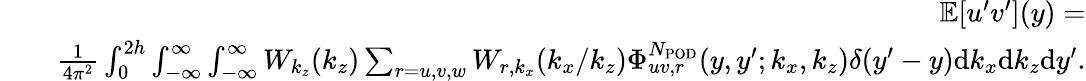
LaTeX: \begin{array}{rlr}&{}&{\mathbb{E}[u^{\prime}v^{\prime}](y)=}\\ &{}&{\frac{1}{4\pi^{2}}\int_{0}^{2h}\int_{-\infty}^{\infty}\int_{-\infty}^{\infty}W_{k_{z}}(k_{z})\sum_{r=u,v,w}W_{r,k_{x}}(k_{x}/k_{z})\Phi_{uv,r}^{N_{\mathrm{POD}}}(y,y^{\prime};k_{x},k_{z})\delta(y^{\prime}-y)\mathrm{d}k_{x}\mathrm{d}k_{z}\mathrm{d}y^{\prime}.}\end{array}